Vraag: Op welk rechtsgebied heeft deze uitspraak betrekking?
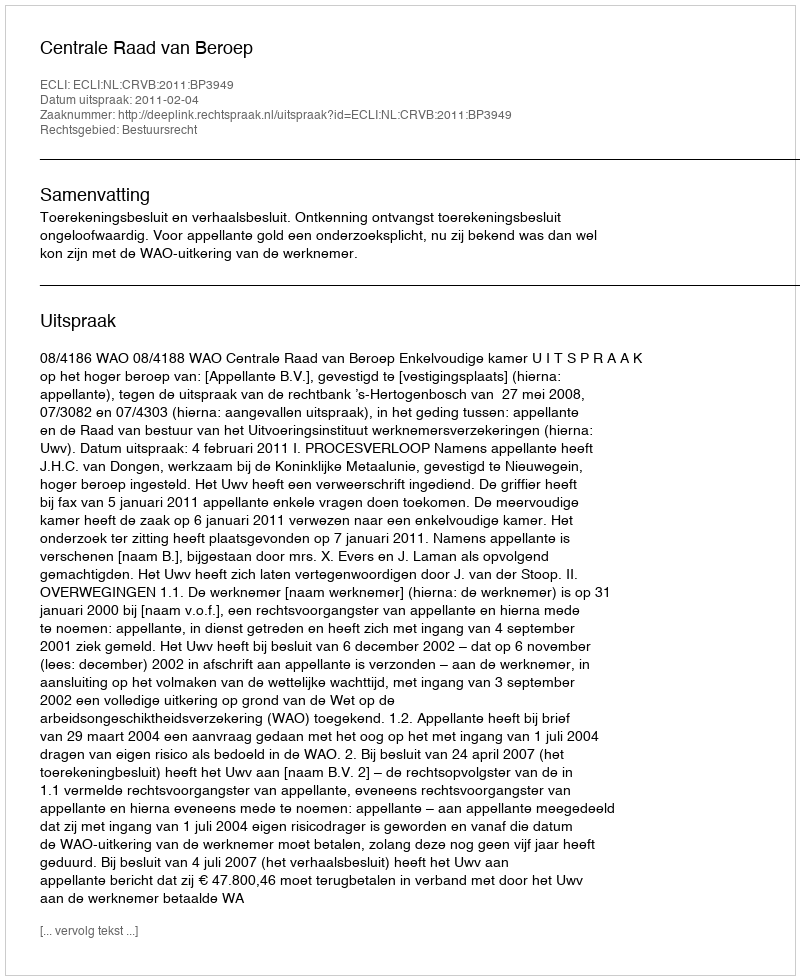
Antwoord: Bestuursrecht